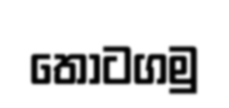
තොටගමු